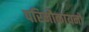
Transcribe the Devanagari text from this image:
परिनौकायनों